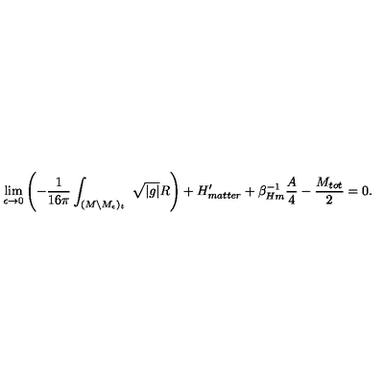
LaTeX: \lim _ { \epsilon \rightarrow 0 } \left( - { \frac { 1 } { 1 6 \pi } } \int _ { ( M \backslash M _ { \epsilon } ) _ { t } } \ \sqrt { | g | } R \right) + H _ { m a t t e r } ^ { \prime } + \beta _ { H m } ^ { - 1 } { \frac { A } { 4 } } - { \frac { M _ { t o t } } { 2 } } = 0 .